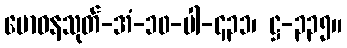
မောဝနသုတ်-အံ-၁၀-ပါ-၄၃၁၊ ဋ္ဌ-၃၃၅။